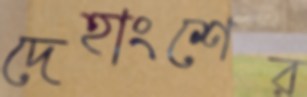
দেহাংশের